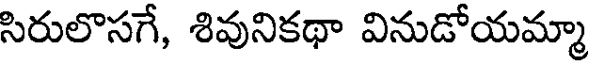
సిరులొసగే, శివునికథా వినుడోయమ్మా